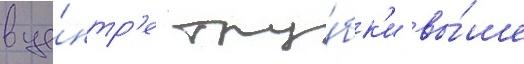
в це́нтр'е тру́бк'и вы́ше